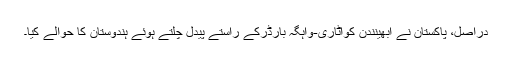
دراصل، پاکستان نے ابھینندن کواٹاری-واہگہ بارڈرکے راستے پیدل چلتے ہوئے ہندوستان کا حوالے کیا۔